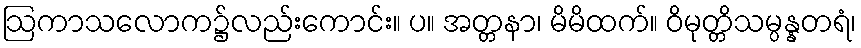
ဩကာသလောက၌လည်းကောင်း။ ပ။ အတ္တနာ၊ မိမိထက်။ ဝိမုတ္တိသမ္ပန္နတရံ၊